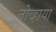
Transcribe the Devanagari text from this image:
नोव्हाया